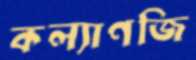
কল্যাণজি